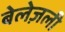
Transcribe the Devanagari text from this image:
बेलेज़ली